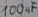
Text: 100µF